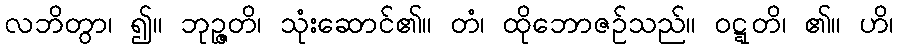
လဘိတွာ၊ ၍။ ဘုဉ္ဇတိ၊ သုံးဆောင်၏။ တံ၊ ထိုဘောဇဉ်သည်။ ဝဋ္ဋတိ၊ ၏။ ဟိ၊